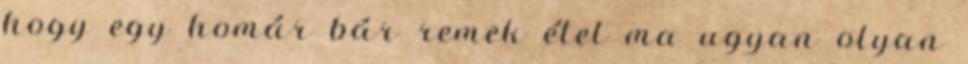
hogy egy homár bár remek étel ma ugyan olyan